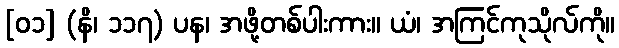
[၀၁] (နိ၊ ၁၁၇) ပန၊ အဖို့တစ်ပါးကား။ ယံ၊ အကြင်ကုသိုလ်ကို။